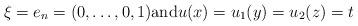
LaTeX: \begin{align*}\xi = e_n = (0, \dots, 0,1)\mbox{and} u (x) = u_1 (y) = u_2 (z) = t \end{align*}